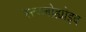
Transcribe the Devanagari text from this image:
स्त्य्लोह्योइद